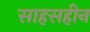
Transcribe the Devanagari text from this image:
साहसहीन